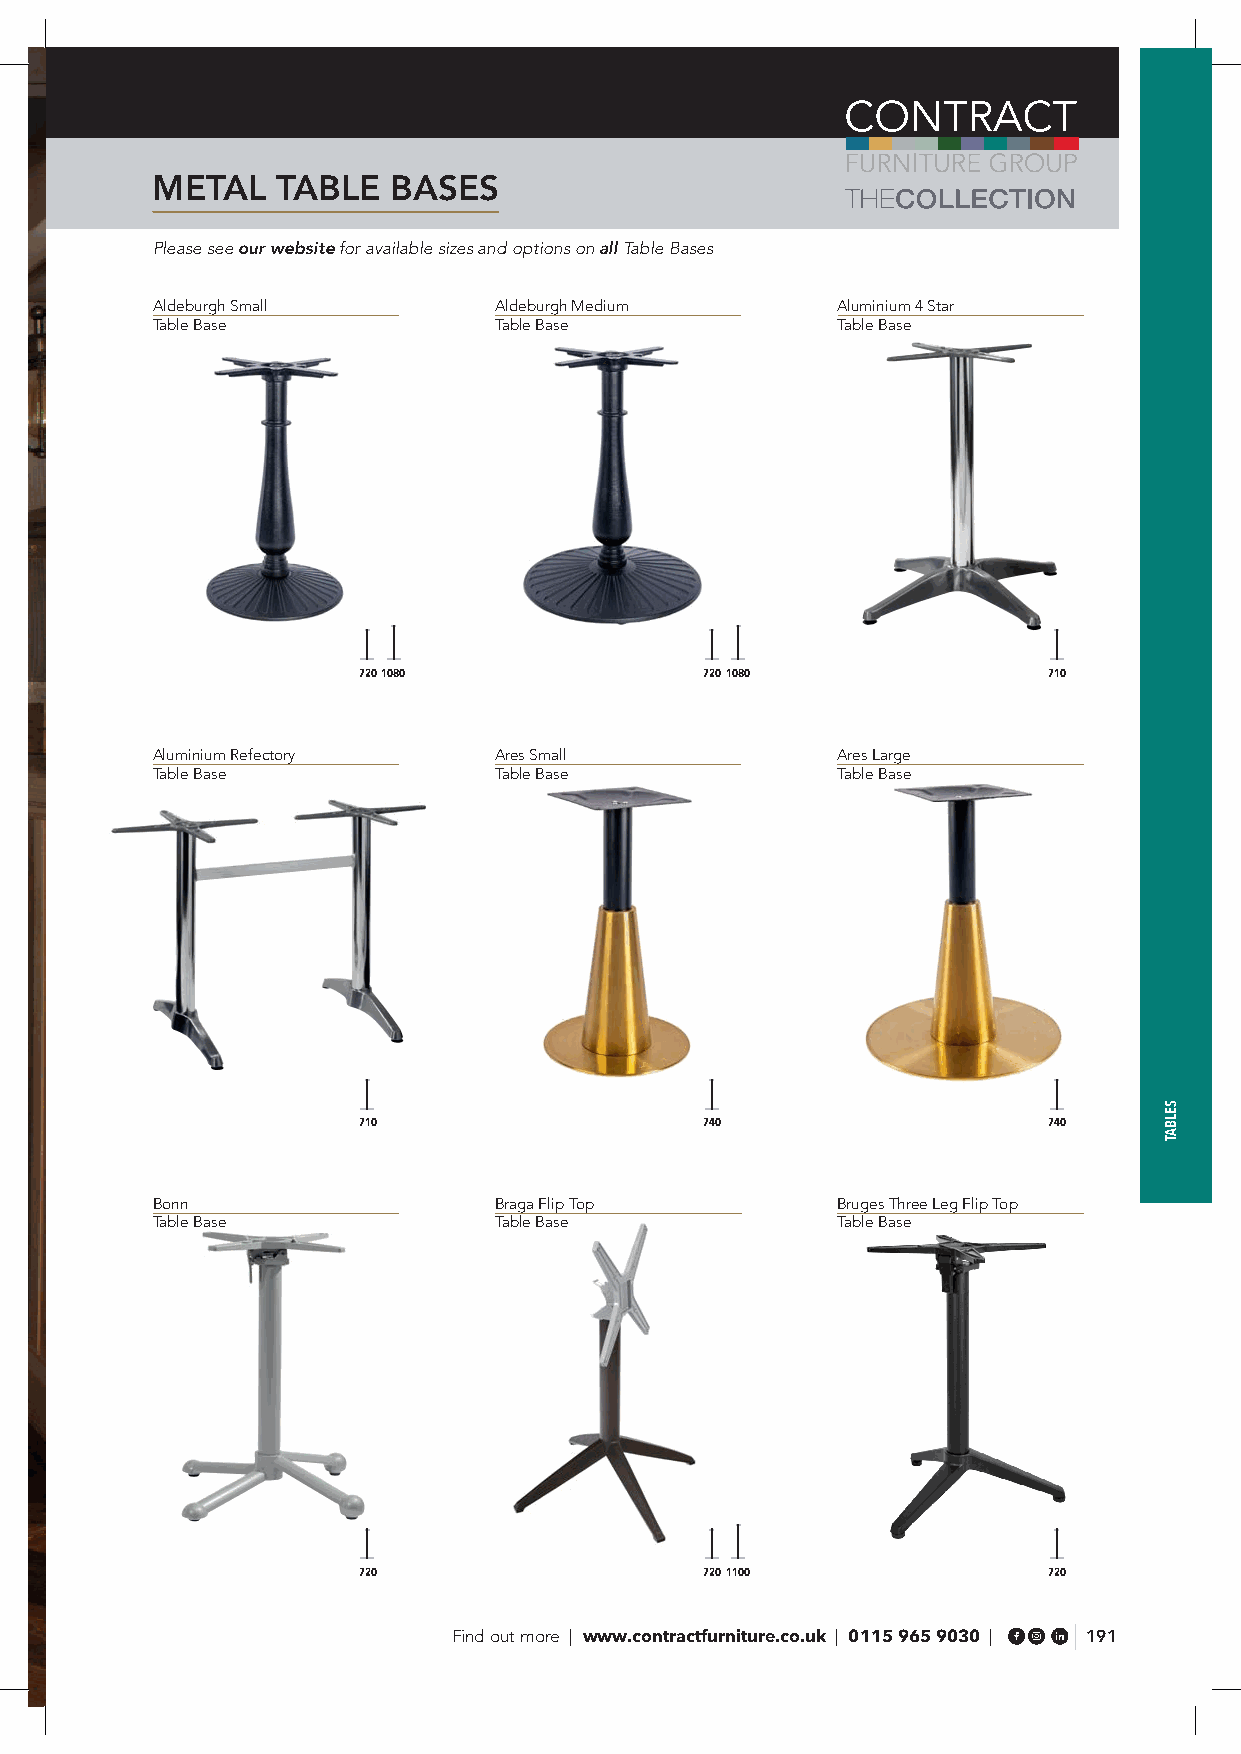
METAL   TABLE   BASES
 Please see our website for available sizes and options on all Table Bases
 Aldeburgh Small        Aldeburgh Medium      Aluminium 4 Star
 Table Base             Table Base            Table Base
 7201080                7201080               710
 Aluminium Refectory    Ares Small            Ares Large
 Table Base             Table Base            Table Base
 710                    740                   740
 Bonn                   Braga Flip Top        Bruges Three Leg Flip Top
 Table Base             Table Base            Table Base
 720                    7201100               720
 Find out more | www.contractfurniture.co.uk | 0115 965 9030 | 191
 SELBAT